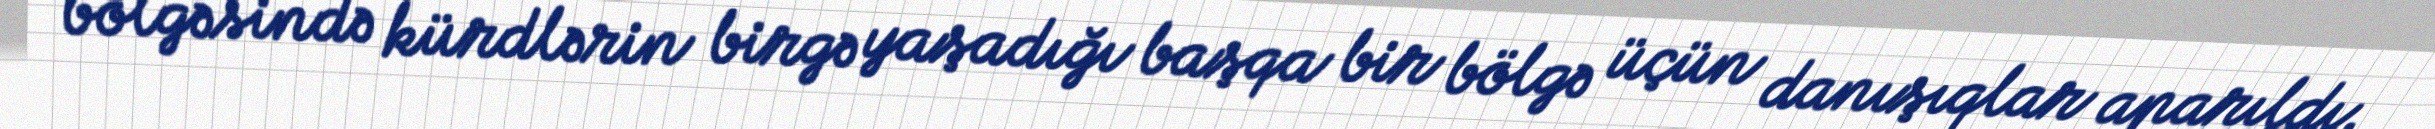
bölgəsində kürdlərin birgə yaşadığı başqa bir bölgə üçün danışıqlar aparıldı.